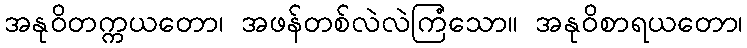
အနုဝိတက္ကယတော၊ အဖန်တစ်လဲလဲကြံသော။ အနုဝိစာရယတော၊